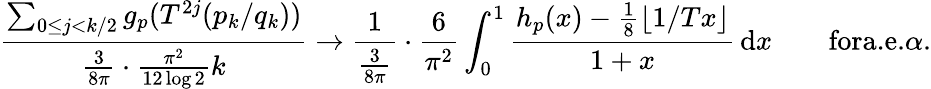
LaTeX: \frac{\sum_{0\le j<k/2}g_{p}(T^{2j}(p_{k}/q_{k}))}{\frac{3}{8\pi}\cdot\frac{\pi^{2}}{12\log 2}k}\to\frac{1}{\frac{3}{8\pi}}\cdot\frac{6}{\pi^{2}}\int_{0}^{1}\frac{h_{p}(x)-\frac{1}{8}\lfloor 1/Tx\rfloor}{1+x}\, \mathrm{d}x\qquad\textrm{fora.e.}\alpha.